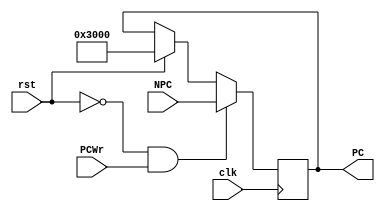
`timescale 1ns / 1ps

module PC( clk, rst, PCWr, NPC, PC );              
input         clk;   
input         rst; //reset pc to 32'h0000_3000  
input         PCWr;   
input  [31:2]  NPC;   
output reg [31:2]  PC;

always @(posedge clk) 
	begin
		if(rst == 1)
			PC <= 32'h00003000;
		if (rst == 0 && PCWr== 1)
			PC <= NPC;
	end

endmodule